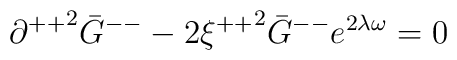
{\partial ^{++}}^{2}{\bar G}^{--}-2{\xi^{++}}^{2}{\bar G}^{--} e^{2\lambda\omega}=0\\